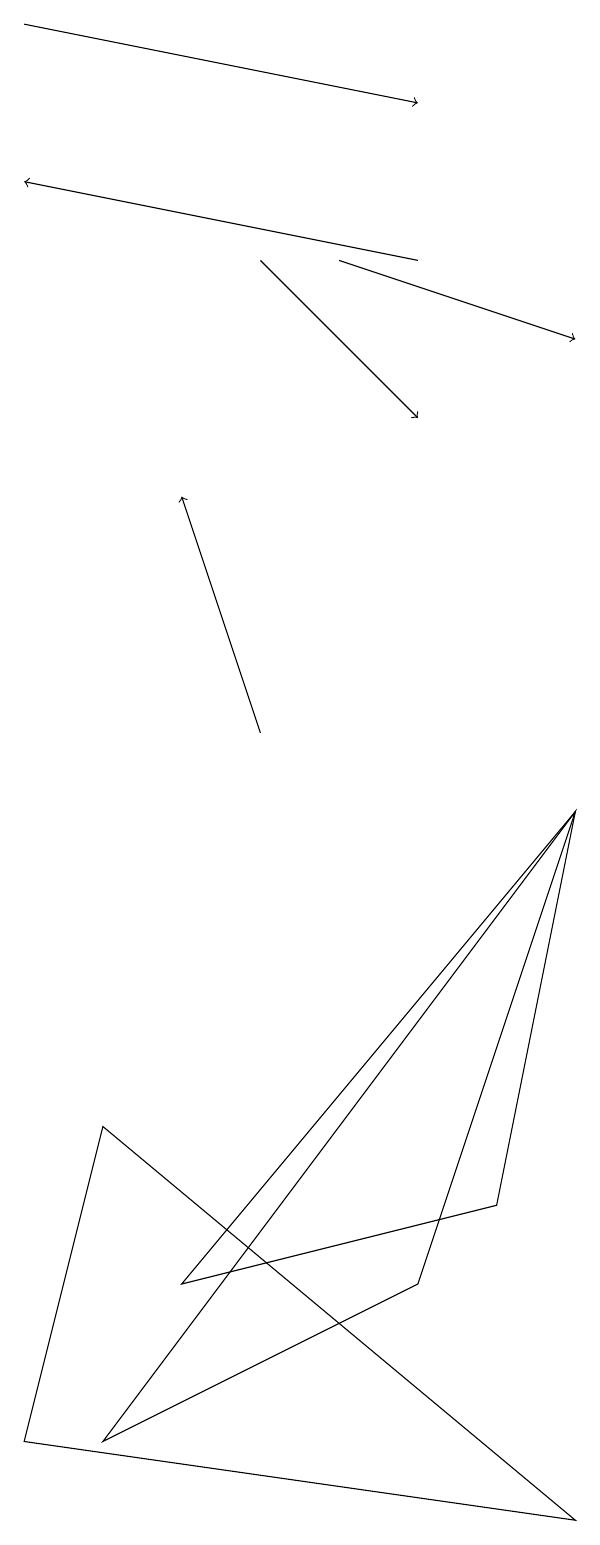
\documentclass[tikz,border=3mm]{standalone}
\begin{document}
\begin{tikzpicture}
\draw[->] (5,16) -- (0,17);
\draw (2,3) -- (6,4) -- (7,9) -- cycle;
\draw (0,1) -- (7,0) -- (1,5) -- cycle;
\draw[->] (0,19) -- (5,18);
\draw[->] (3,16) -- (5,14);
\draw[->] (3,10) -- (2,13);
\draw[->] (4,16) -- (7,15);
\draw (5,3) -- (1,1) -- (7,9) -- cycle;
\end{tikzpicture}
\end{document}